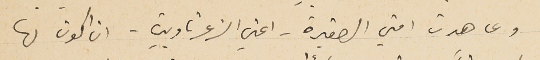
وعاهدت امتي الصغيرة - اعني الزغرتاويين . ان اكون لها